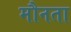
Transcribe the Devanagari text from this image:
मौनता